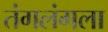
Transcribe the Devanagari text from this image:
तंगलंगला